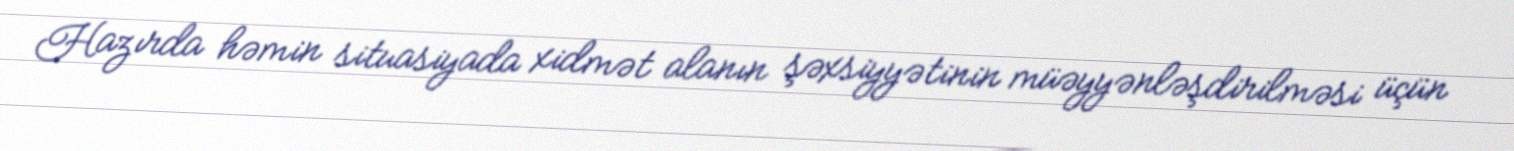
Hazırda həmin situasiyada xidmət alanın şəxsiyyətinin müəyyənləşdirilməsi üçün